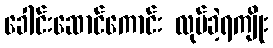
ခေါင်းဆောင်ကောင်း လုပ်ခဲ့ရကျိုး